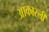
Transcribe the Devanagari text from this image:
आकारली